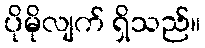
ပိုမိုလျက် ရှိသည်။